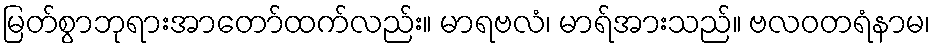
မြတ်စွာဘုရားအာတော်ထက်လည်း။ မာရဗလံ၊ မာရ်အားသည်။ ဗလဝတရံနာမ၊